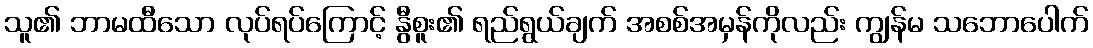
သူ၏ ဘာမထီသော လုပ်ရပ်ကြောင့် နွီစူး၏ ရည်ရွယ်ချက် အစစ်အမှန်ကိုလည်း ကျွန်မ သဘောပေါက်